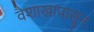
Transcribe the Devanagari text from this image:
वैशाखापासून